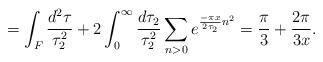
LaTeX: \begin{align*}=\int_{F} \frac{d^{2} \tau}{\tau _{2}^{2}} + 2 \int_{0}^{\infty}\frac{d\tau _{2}}{\tau _{2}^{2}} \sum_{n>0} e^{\frac{-\pi x}{2 \tau _{2}} n^{2}}=\frac{\pi}{3}+\frac{2\pi}{3x} . \end{align*}